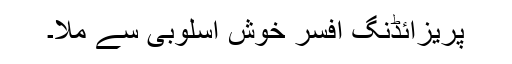
پریزائڈنگ افسر خوش اسلوبی سے ملا۔